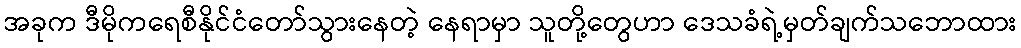
အခုက ဒီမိုကရေစီနိုင်ငံတော်သွားနေတဲ့ နေရာမှာ သူတို့တွေဟာ ဒေသခံရဲ့မှတ်ချက်သဘောထား